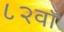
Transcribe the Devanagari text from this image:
८२वाँ